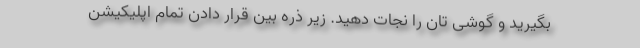
بگیرید و گوشی تان را نجات دهید. زیر ذره بین قرار دادن تمام اپلیکیشن